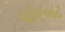
ચોરબટ